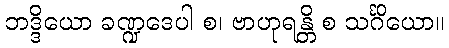
ဘဒ္ဒိယော ခဏ္ဍဒေပါ စ၊ ဗာဟုရန္တိ စ သင်္ဂိယော။